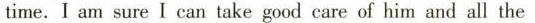
time.I am sure I can take good care of him and all the